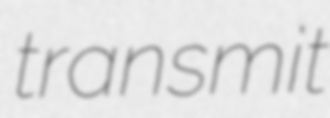
transmit